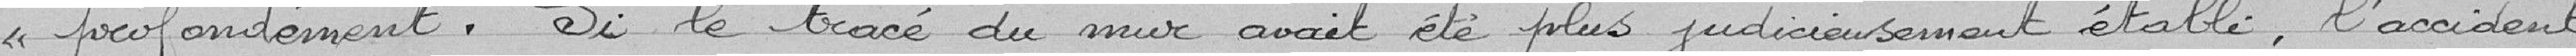
profondément. Si le tracé du mur avait été plus judicieusmeent établi, l'accident